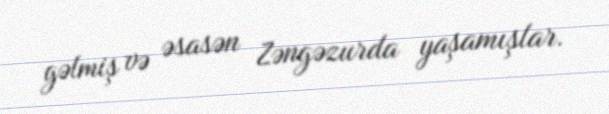
gəlmiş və əsasən Zəngəzurda yaşamışlar.